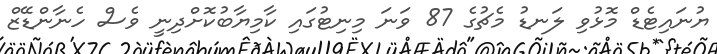
ޔުނައިޓެޑް މޮޅުވި ލަނޑު މެޗުގެ 87 ވަނަ މިނިޓުގައި ކާމިޔާބުކޮށްދިނީ ވެސް ހެނާންޑޭޒް